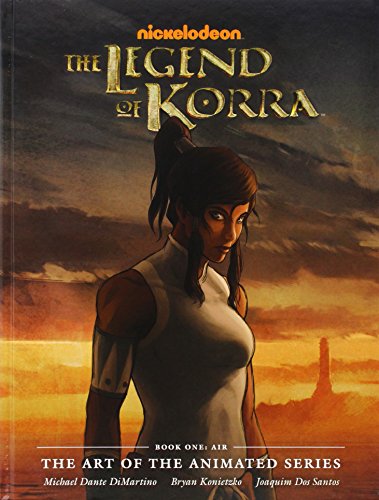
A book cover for The Legend of Korra: Book 1 EE Air, The Art of the Animated Series; Michael Dante DiMartino; Comics & Graphic Novels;